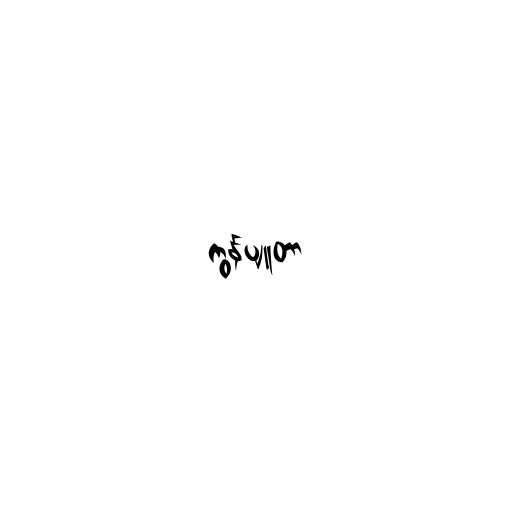
ကွန်ပျူတာ